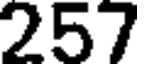
257